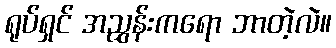
ရုပ်ရှင် အညွှန်းကရော ဘာတဲ့လဲ။